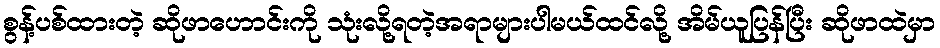
စွန့်ပစ်ထားတဲ့ ဆိုဖာဟောင်းကို သုံးလို့ရတဲ့အရာများပါမယ်ထင်လို့ အိမ်ယူပြန်ပြီး ဆိုဖာထဲမှာ